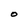
Character: O